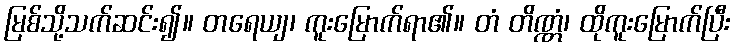
မြစ်သို့သက်ဆင်း၍။ တရေယျ၊ ကူးမြောက်ရာ၏။ တံ တိဏ္ဏံ၊ ထိုကူးမြောက်ပြီး